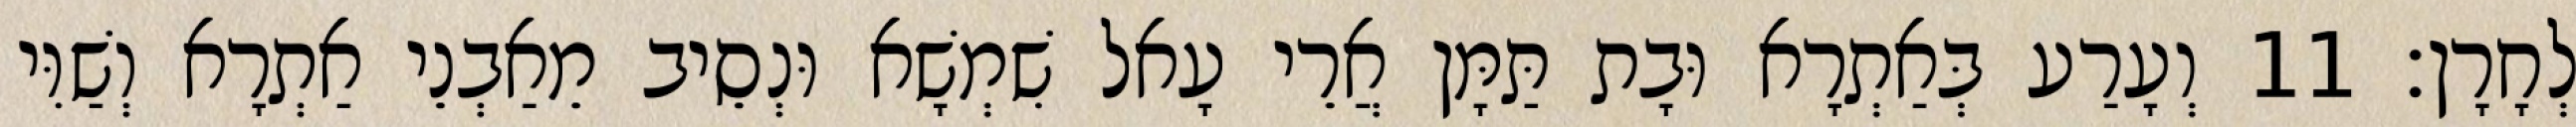
לְחָרָן׃ 11 וְעָרַע בְּאַתְרָא וּבָת תַּמָּן אֲרֵי עָאל שִׁמְשָׁא וּנְסֵיב מֵאַבְנֵי אַתְרָא וְשַׁוִּי